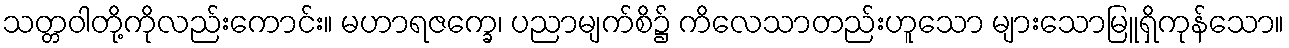
သတ္တဝါတို့ကိုလည်းကောင်း။ မဟာရဇက္ခေ၊ ပညာမျက်စိ၌ ကိလေသာတည်းဟူသော များသောမြူရှိကုန်သော။